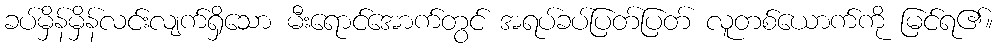
ခပ်မှိန်မှိန်လင်းလျက်ရှိသော မီးရောင်အောက်တွင် အရပ်ခပ်ပြတ်ပြတ် လူတစ်ယောက်ကို မြင်ရ၏။